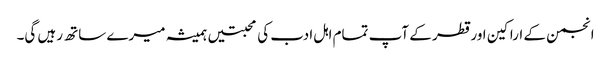
انجمن کے اراکین اور قطر کے آپ تمام اہل ادب کی محبتیں ہمیشہ میرے ساتھ رہیں گی۔